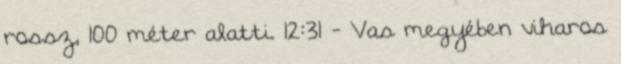
rossz, 100 méter alatti. 12:31 - Vas megyében viharos